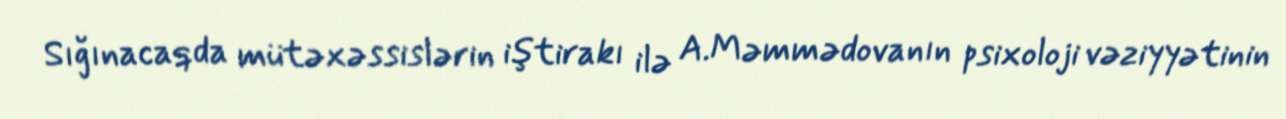
Sığınacaqda mütəxəssislərin iştirakı ilə A.Məmmədovanın psixoloji vəziyyətinin